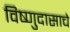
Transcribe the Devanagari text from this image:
विष्णुदासाचे